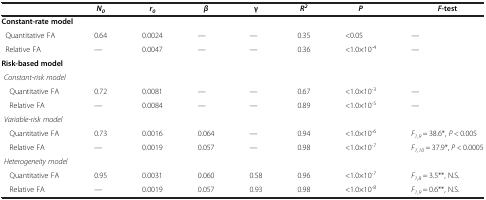
|  | N0 | r0 | β | γ | R2 | P | F-test |
 | --- | --- | --- | --- | --- | --- | --- | --- |
 | <COLSPAN=8> Constant-rate model |
 | Quantitative FA | 0.64 | 0.0024 | — | — | 0.35 | <0.05 | — |
 | Relative FA | — | 0.0047 | — | — | 0.36 | <1.0×10-4 | — |
 | <COLSPAN=8> Risk-based model |
 | <COLSPAN=8> Constant-risk model |
 | Quantitative FA | 0.72 | 0.0081 | — | — | 0.67 | <1.0×10-3 | — |
 | Relative FA | — | 0.0084 | — | — | 0.89 | <1.0×10-5 | — |
 | <COLSPAN=8> Variable-risk model |
 | Quantitative FA | 0.73 | 0.0016 | 0.064 | — | 0.94 | <1.0×10-6 | F1,9 = 38.6*, P < 0.005 |
 | Relative FA | — | 0.0019 | 0.057 | — | 0.98 | <1.0×10-7 | F1,10 = 37.9*, P < 0.0005 |
 | <COLSPAN=8> Heterogeneity model |
 | Quantitative FA | 0.95 | 0.0031 | 0.060 | 0.58 | 0.96 | <1.0×10-7 | F1,8 = 3.5**, N.S. |
 | Relative FA | — | 0.0019 | 0.057 | 0.93 | 0.98 | <1.0×10-8 | F1,9 = 0.6**, N.S. |